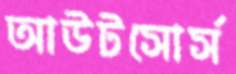
আউটসোর্স